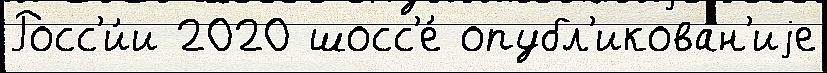
Росс'и́и 2020 шосс'е́ опубл'икова́н'иjе